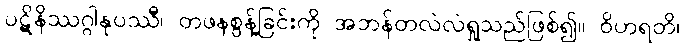
ပဋိနိဿဂ္ဂါနုပဿီ၊ တဖနစွန့်ခြင်းကို အဘန်တလဲလဲရှုသည်ဖြစ်၍။ ဝိဟရတိ၊